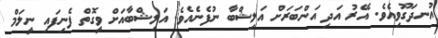
އުނދަގޫވިއެވެ. އޭރު އަދި އަންބަރަށް އަލިޝްބާ ނުފެނެއެވެ. އަލިޝްބާއަށް ވީގޮތް ފެނިފައި ނީލަމް